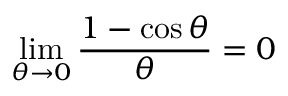
\operatorname* { l i m } _ { \theta \to 0 } { \frac { 1 - \cos \theta } { \theta } } = 0